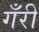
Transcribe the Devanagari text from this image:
गँरी